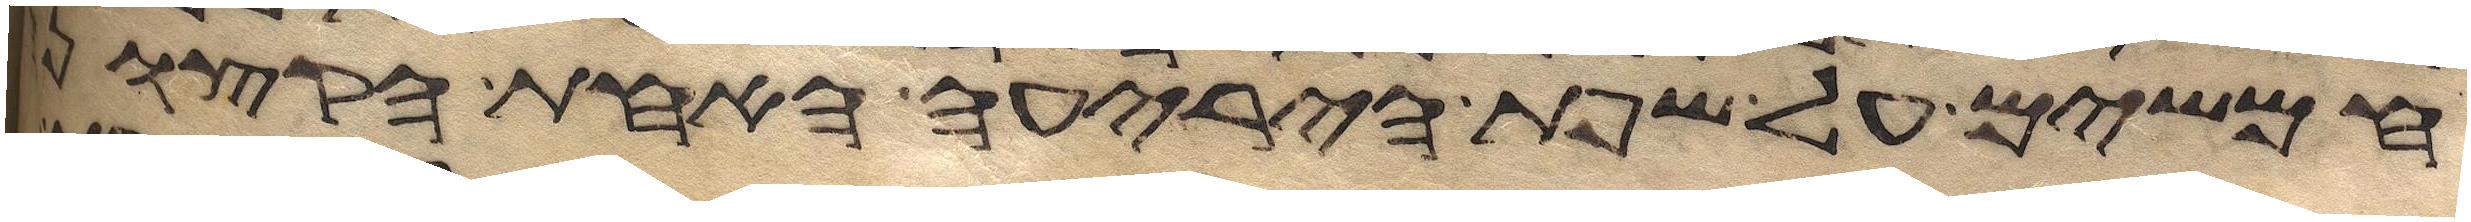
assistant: חמשים על שפת היריעה האחת הקצונה